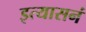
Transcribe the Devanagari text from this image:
इत्यासनं